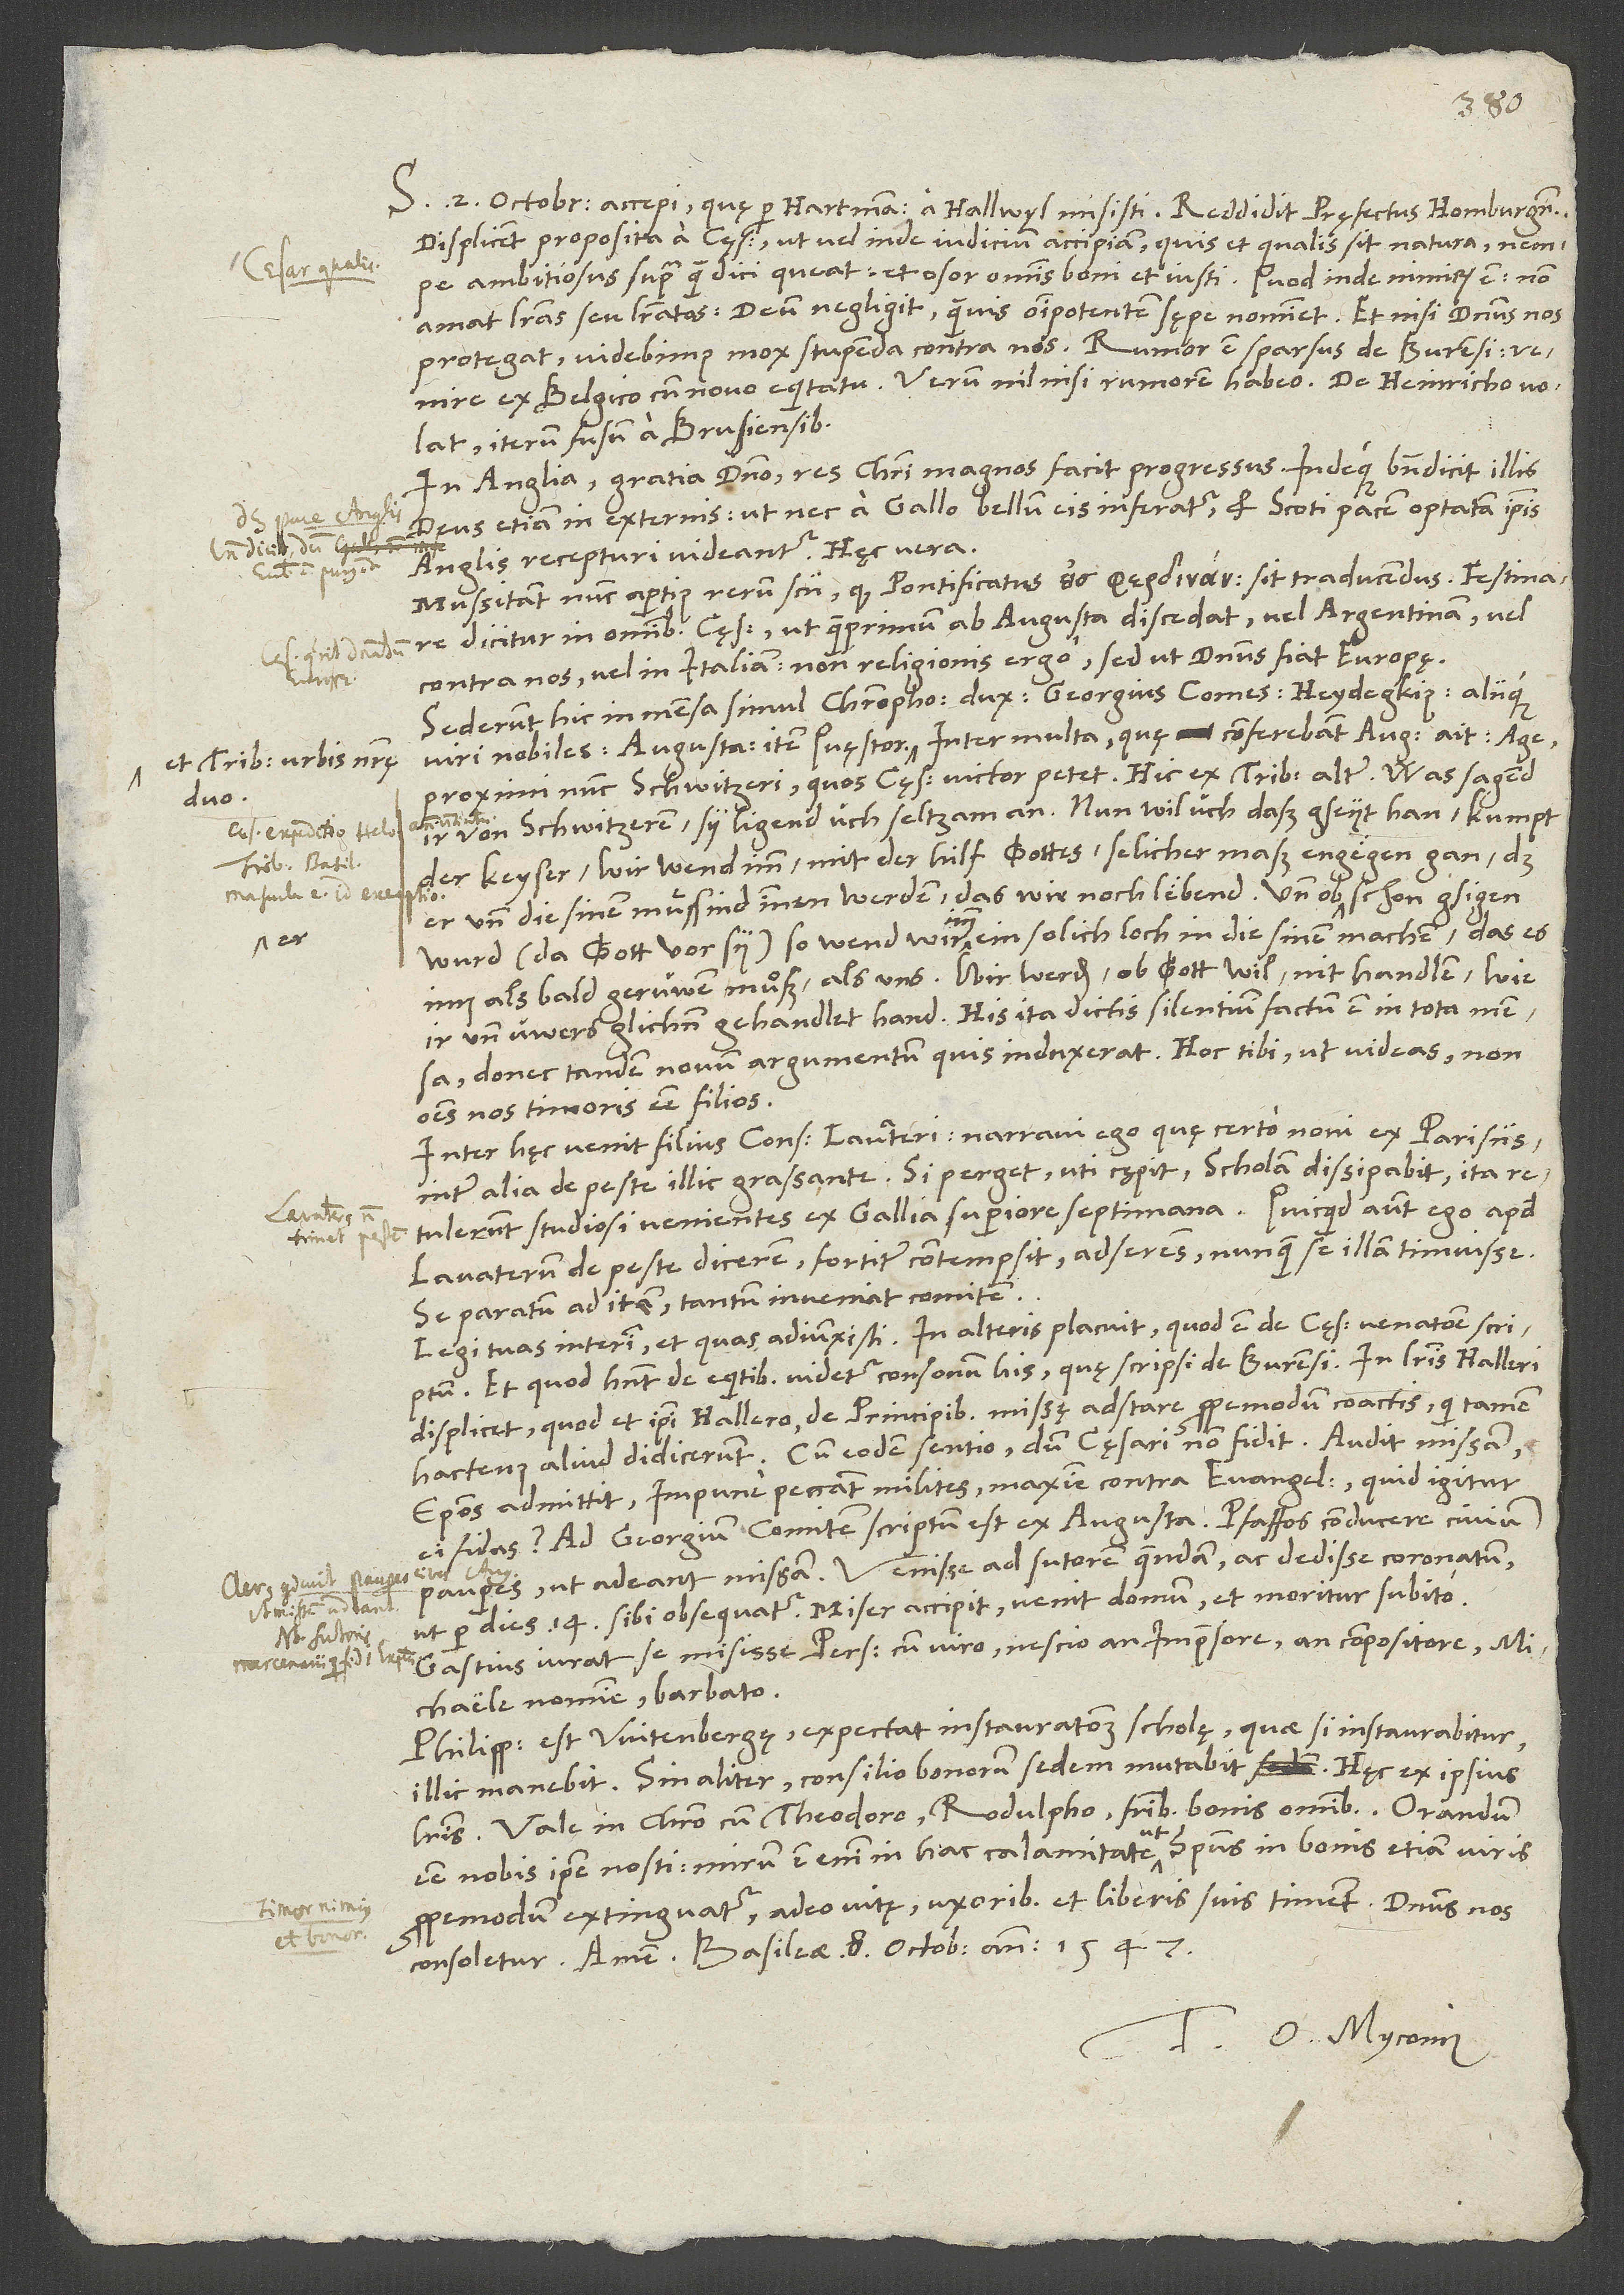
et tribuni urbis nostrę
domino

S. 2. octobris accepi, quę per Hartmannum a Hallwyl misisti. Reddidit pręfectus Hombergensis.
Displicent proposita a cęsare, ut vel inde indicium accipiam, quis et qualis sit natura, nempe
ambitiosus supra quam dici queat, et osor omnis boni et iusti! Quod inde nimirum est: Non
amat literas seu literatos, deum negligit, quamvis omnipotentem sępe nominet. Et nisi dominus nos
ex Belgico cum novo equitatu. Verum nil nisi rumorem habeo. De Heinricho volat
iterum fusum a Brunsvicensibus.
In Anglia (gratia domino) res Christi magnos facit progressus indeque benedicit illis
deus etiam in externis, ut nec a Gallo bellum eis inferatur et Scoti pacem optatam ipsis
Anglis recepturi videantur. Hęc vera.
Mussitant nunc apertius rerum scii, quod pontificatus sit traducendus. Festinare
dicitur in omnibus cęsar, ut quamprimum ab Augusta discedat vel Argentinam vel
contra nos vel in Italiam, non religionis ergo, sed ut dominus fiat Europę.
Sederunt hic in mensa simul Christophorus dux, Georgius comes, Heidegkius aliique
proximi nunc Schwitzeri, quos cęsar victor petet!“ Hic ex tribunis alter: „Was sagend
ir von Schwitzeren? Sy ligend üch seltzam an! Nun wil üch daß gseyt han: Kumpt
der keyser, wir wend imm mit der hilf gottes selicher maß engegen gan, das
er und die sinen muͤssind innen werden, das wir noch lebend! Und ob er schon gsigen
wurd (da gott vor sy), so wend wir imm ein solich loch in die sinen machen, das es
als bald gerüwen muͦß als uns! Wir werden, ob gott wil, nit handlen, wie
ir und üwers glichen gehandlet hand!“ His ita dictis silentium factum est in tota mensa,
donec tandem novum argumentum quis induxerat. Hoc tibi, ut videas non
omnes nos timoris esse filios.
Inter hęc venit filius consulis Lavateri. Narravi ego, quę certo novi ex Parisiis,
inter alia de peste illic grassante. Si perget, uti cępit, scholam dissipabit. Ita
retulerunt studiosi venientes ex Gallia superiore septimana. Quicquid autem ego apud
Lavaterum de peste dicerem, fortiter contempsit, adserens nunquam se illam timuisse,
se paratum ad iter, tantum inveniat comitem.
Legi tuas interim, et quas adiunxisti. In alteris placuit, quod est de cęsaris venatione scriptum,
et quod habent de equitibus (videtur consonum his, quę scripsi de Burensi). In literis Halleri
displicet (quod et ipsi Hallero) de principibus missę adstare propemodum coactis, qui tamen
hactenus aliud didicerunt! Cum eodem sentio, dum cęsari non fidit. Audit missam,
episcopos admittit, impune peccant milites, maxime contra evange lium! Quid igitur
ei fidas? Ad Georgium comitem scriptum est ex Augusta pfaffos conducere civium
pauperes, ut adeant missam. Venisse ad sutorem quendam ac dedisse coronatum,
ut per dies 14 sibi obsequatur. Miser accipit, venit domum et moritur subito!
Gastius iurat se misisse Persium cum viro, nescio an impresore, an compositore,
Michaele nomine, barbato.
Philippus est Witenbergę. Expectat instaurationem scholę - quae si instaurabitur,
illic manebit; sin aliter, consilio bonorum sedem mutabit. Hęc ex ipsius
esse nobis ipse nosti. Mirum est enim in hac calamitate, ut spiritus in bonis etiam viris
propemodum extinguatur, adeo vitę, uxoribus et liberis suis timent. Dominus nos
consoletur! Amen. Basileae, 8. octobris anno 1547.
Tuus O. Myconius.
D.